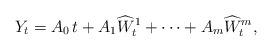
LaTeX: \begin{align*} Y_t = A_0\, t + A_1\widehat W^1_t + \cdots + A_m\widehat W^m_t,\end{align*}